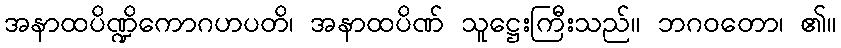
အနာထပိဏ္ဍိကောဂဟပတိ၊ အနာထပိဏ် သူဋ္ဌေးကြီးသည်။ ဘဂဝတော၊ ၏။